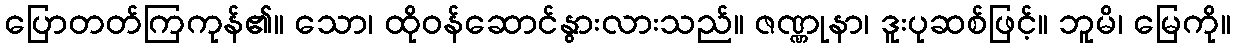
ပြောတတ်ကြကုန်၏။ သော၊ ထိုဝန်ဆောင်နွားလားသည်။ ဇဏ္ဏုနာ၊ ဒူးပုဆစ်ဖြင့်။ ဘူမိ၊ မြေကို။